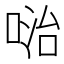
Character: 𠶠